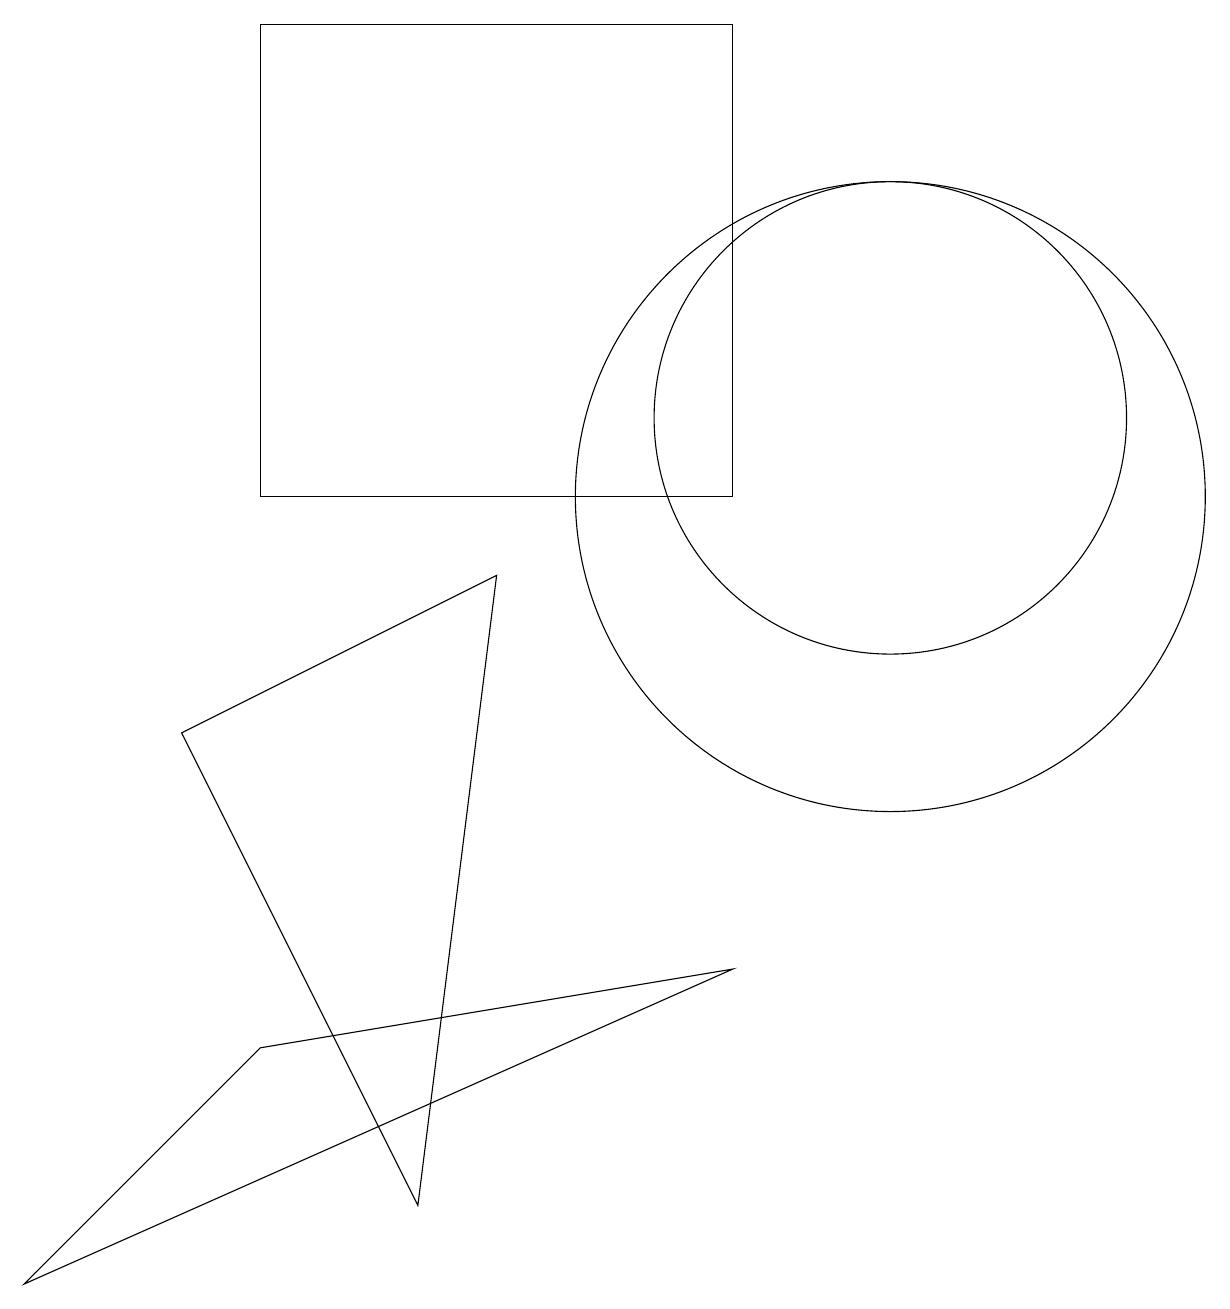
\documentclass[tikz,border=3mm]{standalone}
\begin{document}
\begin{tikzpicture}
\draw (11,10) circle (4);
\draw (11,11) circle (3);
\draw (5,1) -- (6,9) -- (2,7) -- cycle;
\draw (3,10) rectangle (9,16);
\draw (3,3) -- (0,0) -- (9,4) -- cycle;
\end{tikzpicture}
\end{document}